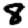
Digit: 8